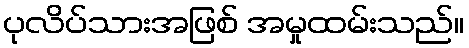
ပုလိပ်သားအဖြစ် အမှုထမ်းသည်။